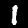
Digit: 1